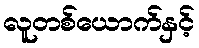
လူတစ်ယောက်နှင့်